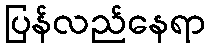
ပြန်လည်နေရာ